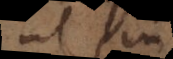
ut sit